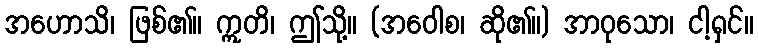
အဟောသိ၊ ဖြစ်၏။ ဣတိ၊ ဤသို့။ (အဝေါစ၊ ဆို၏။) အာဝုသော၊ ငါ့ရှင်။